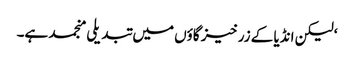
‘ لیکن انڈیا کے زرخیز گاؤں میں تبدیلی منجمد ہے۔